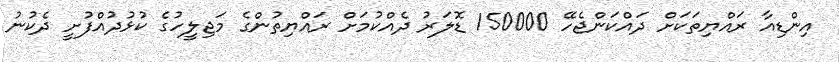
އިންޑިއާ ރައްޔިތަކަށް ދައްކަންޖެހޭ 150000 ޑޮލަރު ދެއްކުމަށް ރައްޔިތުންގެ މަޖިލީހުގެ ކުޅުދުއްފުށީ ދެކުނު